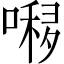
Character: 𱔏